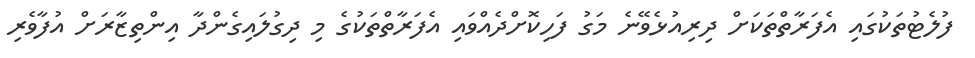
ފުލެޓުތަކުގައި އެފަރާތްތަކަށް ދިރިއުޅެވޭނެ މަގު ފަހިކޮށްދެއްވައި އެފަރާތްތަކުގެ މި ދިގުލައިގެންދާ އިންތިޒާރަށް އުފާވެރި